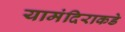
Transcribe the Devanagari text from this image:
यामंदिराकडे